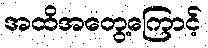
အထိအတွေ့ကြောင့်